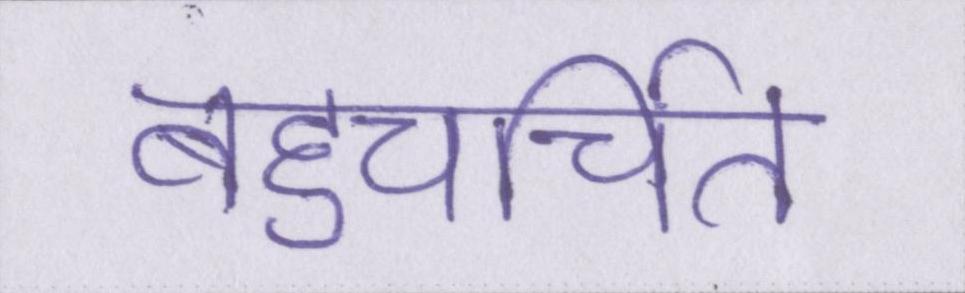
बहुचर्चित